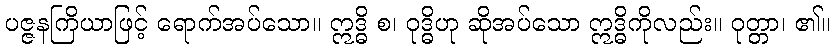
ပဇ္ဇနကြိယာဖြင့် ရောက်အပ်သော။ ဣဒ္ဓိ စ၊ ဝုဒ္ဓိဟု ဆိုအပ်သော ဣဒ္ဓိကိုလည်း။ ဝုတ္တာ၊ ၏။